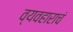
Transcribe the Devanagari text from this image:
व्यवहाराचं